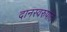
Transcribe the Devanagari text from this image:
दानस्वरुपात